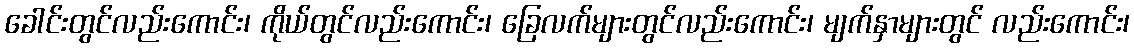
ခေါင်းတွင်လည်းကောင်း၊ ကိုယ်တွင်လည်းကောင်း၊ ခြေလက်များတွင်လည်းကောင်း၊ မျက်နှာများတွင် လည်းကောင်း၊